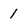
Character: 1